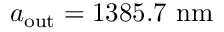
a _ { \mathrm { o u t } } = 1 3 8 5 . 7 \ \mathrm { n m }